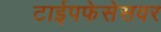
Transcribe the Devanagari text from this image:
टाईपफेसेसवर